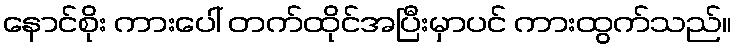
နောင်စိုး ကားပေါ် တက်ထိုင်အပြီးမှာပင် ကားထွက်သည်။